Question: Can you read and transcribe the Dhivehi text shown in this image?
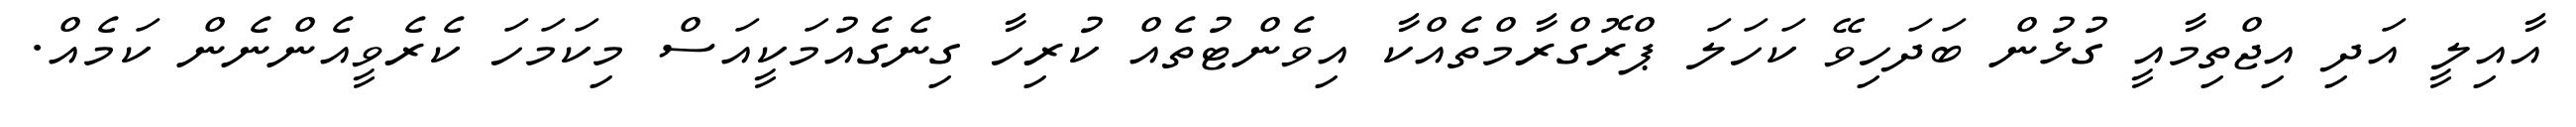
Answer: އާއިލީ އަދި އިޖްތިމާއީ ގުޅުން ބަދަހިވޭ ކަހަލަ ޕްރޮގްރާމްތެއްކާ އިވެންޓުތެއް ކުރިހާ ގިނެގެއުމަކީއަސް މިކަމަހަ ކެރެވީއެންނެން ކަމެއް.